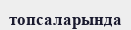
топсаларында